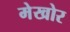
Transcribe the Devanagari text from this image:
मेखोर